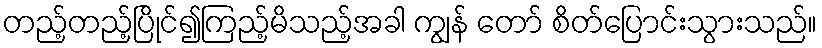
တည့်တည့်ပြိုင်၍ကြည့်မိသည့်အခါ ကျွန် တော် စိတ်ပြောင်းသွားသည်။